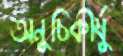
অনুচিকীর্ষু